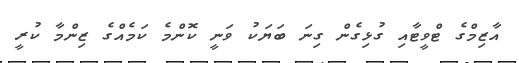
އާޒިމްގެ ޓްވީޓާއި ގުޅިގެން ގިނަ ބަޔަކު ވަނީ ކޮންމެ ކަމެއްގެ ޒިންމާ ކުރީ